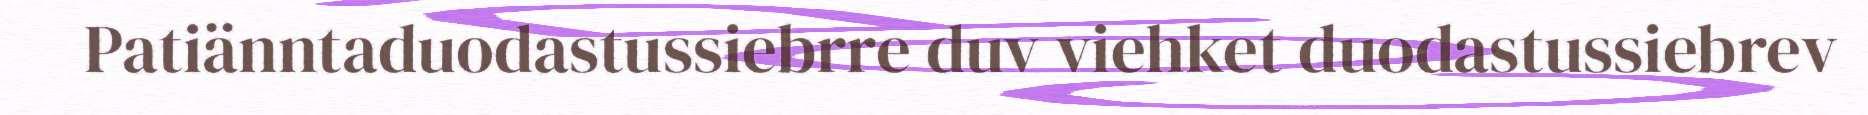
Patiänntaduodastussiebrre duv viehket duodastussiebrev